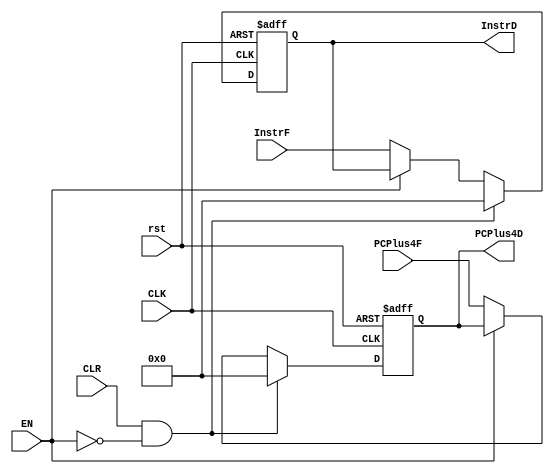
module Decode_Reg (
input CLR , EN , CLK , rst,
input [31:0] InstrF , PCPlus4F,
output reg [31:0] InstrD , PCPlus4D
);

always @( posedge CLK or negedge rst )
begin
if ( !rst ) begin
InstrD <= 32'b0;
PCPlus4D <= 32'b0;
end
else if ( CLR & !EN ) begin
InstrD <= 32'b0;
PCPlus4D <= 32'b0;
end
else if ( !EN ) begin
InstrD <= InstrF;
PCPlus4D <= PCPlus4F;
end
end
endmodule